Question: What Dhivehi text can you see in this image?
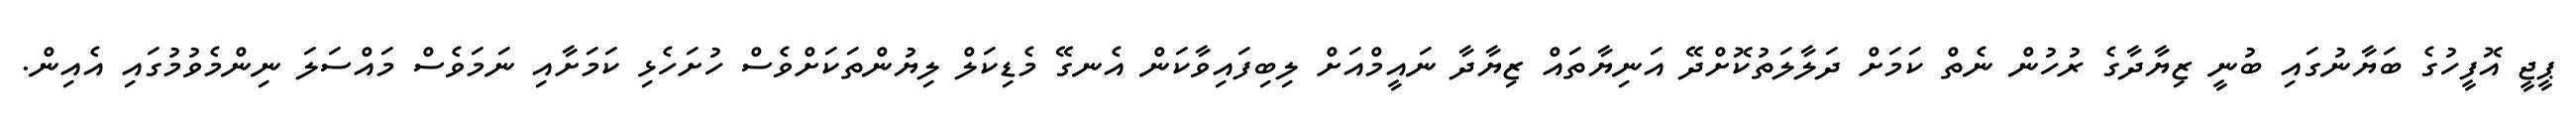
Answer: ޕީޖީ އޮފީހުގެ ބަޔާނުގައި ބުނީ ޒިޔާދާގެ ރުހުން ނެތް ކަމަށް ދަލާލަތުކޮށްދޭ އަނިޔާތައް ޒިޔާދާ ނައީމްއަށް ލިބިފައިވާކަން އެނގޭ މެޑިކަލް ލިޔުންތަކަށްވެސް ހުށަހެޅި ކަމަށާއި ނަމަވެސް މައްސަލަ ނިންމެވުމުގައި އެއިން.